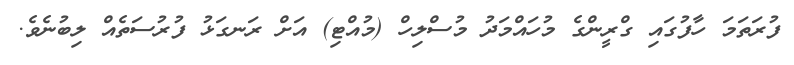
ފުރަތަމަ ހާފުގައި ގްރީންގެ މުހައްމަދު މުސްލިހް (މުއްޓި) އަށް ރަނގަޅު ފުރުސަތެއް ލިބުނެވެ.